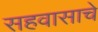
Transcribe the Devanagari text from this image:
सहवासाचे